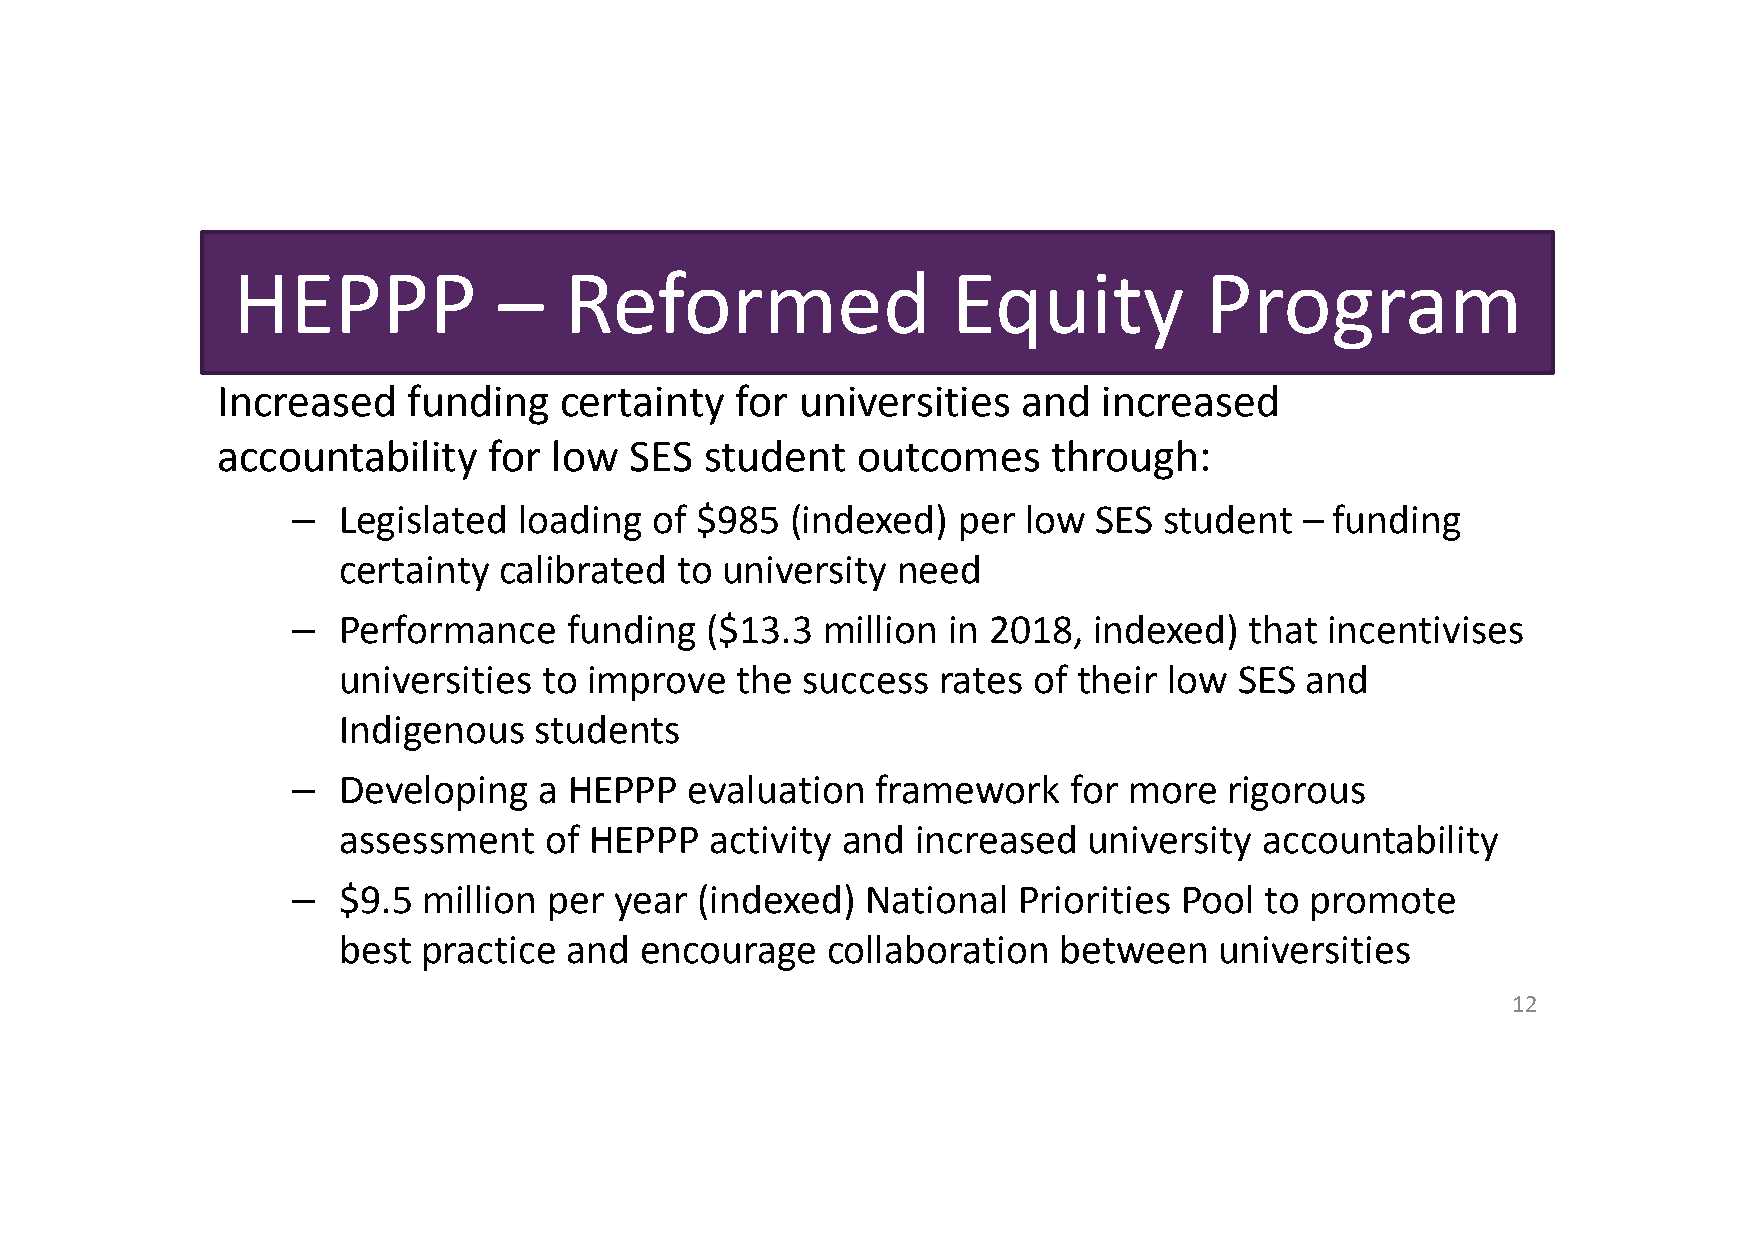
HEPPP             –   Reformed                  Equity           Program
 Increased    funding   certainty   for universities   and  increased
 accountability    for low   SES  student   outcomes     through:
 –  Legislated  loading  of $985  (indexed)  per  low SES  student  – funding
 certainty  calibrated  to university need
 –  Performance     funding  ($13.3 million  in 2018, indexed)   that incentivises
 universities  to improve   the success  rates of their low  SES and
 Indigenous   students
 –  Developing    a HEPPP   evaluation  framework    for more  rigorous
 assessment    of HEPPP   activity and  increased  university  accountability
 –  $9.5  million per  year (indexed)  National  Priorities Pool  to promote
 best  practice and  encourage    collaboration  between    universities
 12